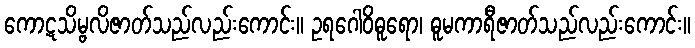
ကောဋသိမ္ဗလိဇာတ်သည်လည်းကောင်း။ ဥရဂေါဝိဓူရော၊ ဓူမကာရီဇာတ်သည်လည်းကောင်း။